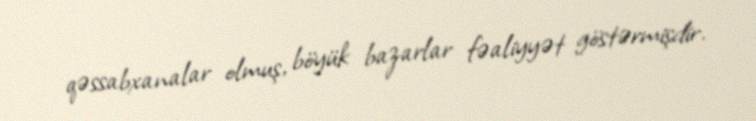
qəssabxanalar olmuş, böyük bazarlar fəaliyyət göstərmişdir.